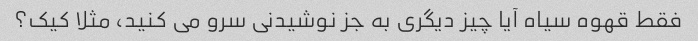
فقط قهوه سیاه آیا چیز دیگری به جز نوشیدنی سرو می کنید، مثلا کیک؟